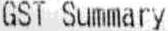
GST SUMMARY